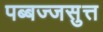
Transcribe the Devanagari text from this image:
पब्बज्जसुत्त